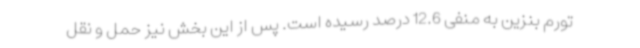
تورم بنزین به منفی 12.6 درصد رسیده است. پس از این بخش نیز حمل و نقل